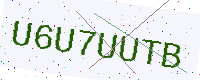
Text: U6U7UUTB